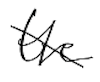
Text: the
Cross-out: diagonal
Writing tool: digital_black